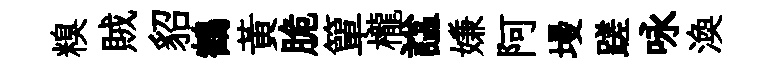
糗賊貂鶴黃脆簞櫳諡嫌阿墁蹉咏渙